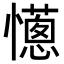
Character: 𢤄